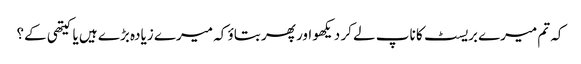
کہ تم میرے بریسٹ کا ناپ لے کر دیکھو اور پھر بتاؤ کہ میرے زیادہ بڑے ہیں یا کیتھی کے؟